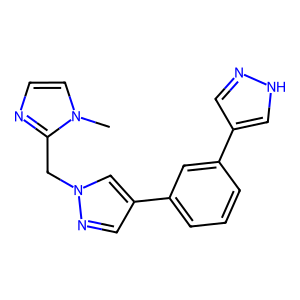
SMILES: Cn1ccnc1Cn1cc(-c2cccc(-c3cn[nH]c3)c2)cn1
Inhibits HIV replication: No